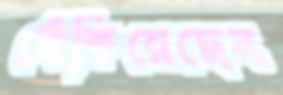
খেঁকিয়েছেন